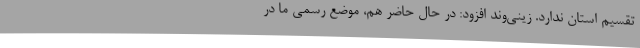
تقسیم استان ندارد. زینی‌وند افزود: در حال حاضر هم، موضع رسمی ما در